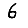
Digit: 6